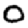
Digit: 0